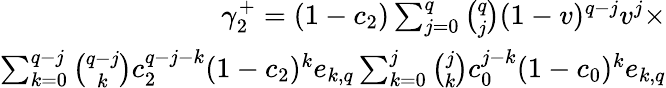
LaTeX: \begin{array}{r}{\gamma_{2}^{+}=(1-c_{2})\sum_{j=0}^{q}{\binom{q}{j}}(1-v)^{q-j}v^{j}\times}\\ {\sum_{k=0}^{q-j}{\binom{q-j}{k}}c_{2}^{q-j-k}(1-c_{2})^{k}e_{k,q}\sum_{k=0}^{j}{\binom{j}{k}}c_{0}^{j-k}(1-c_{0})^{k}e_{k,q}}\end{array}